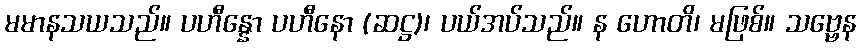
မမာနသယသည်။ ပဟီန္နော ပဟီနော (ဆဋ္ဌ)၊ ပယ်အပ်သည်။ န ဟောတိ၊ မဖြစ်။ သဗ္ဗေန